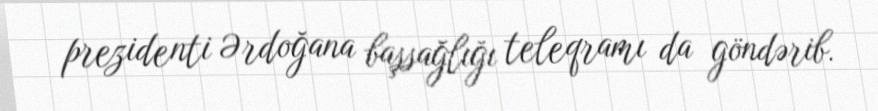
prezidenti Ərdoğana başsağlığı teleqramı da göndərib.